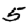
Digit: 5